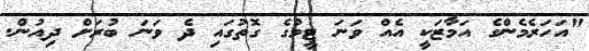
"އަހަރެމެންގެ އަމާޒަކީ އެއް ވަނަ ޓީމުގެ ގޮތުގައި ދެ ވަނަ ބުރަށް ދިއުން.